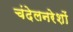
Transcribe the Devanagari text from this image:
चंदेलनरेशों